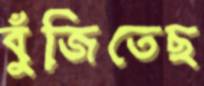
বুঁজিতেছ